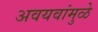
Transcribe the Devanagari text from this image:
अवयवांमुळे